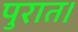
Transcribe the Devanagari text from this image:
पुरात।